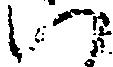
ハ